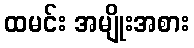
ထမင်း အမျိုးအစား